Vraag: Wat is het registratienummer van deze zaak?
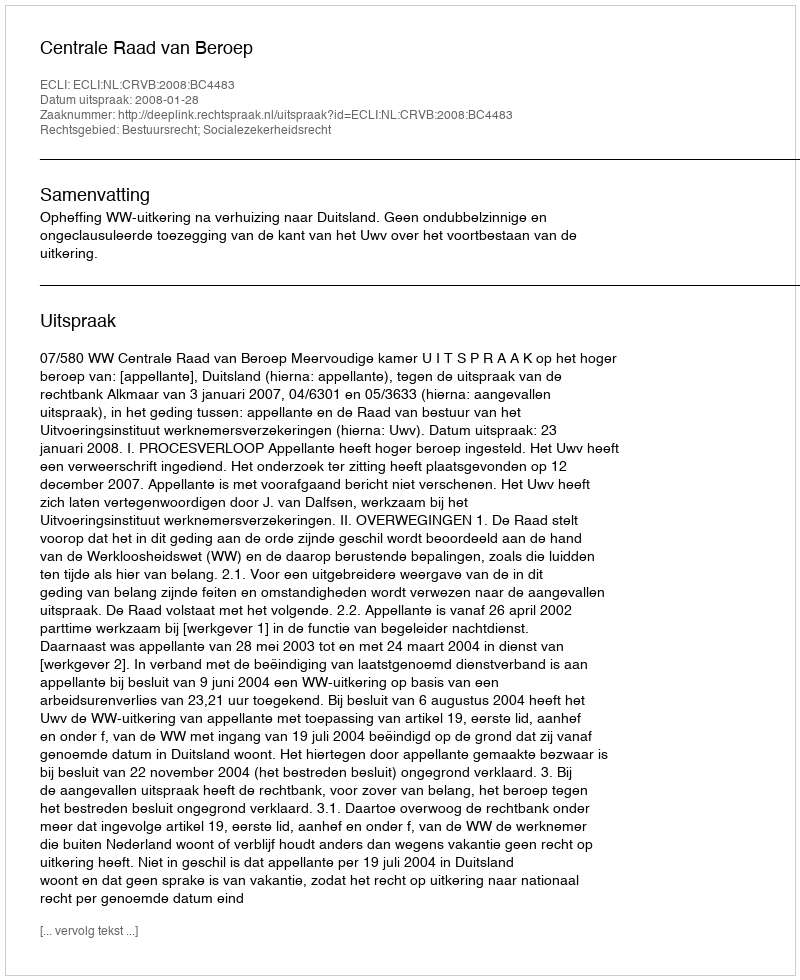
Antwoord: http://deeplink.rechtspraak.nl/uitspraak?id=ECLI:NL:CRVB:2008:BC4483